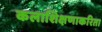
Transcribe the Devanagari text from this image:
कलाशिक्षणाकरिता